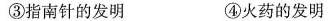
③指南针的发明 ④火药的发明